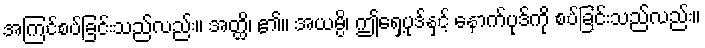
အကြင်စပ်ခြင်းသည်လည်း။ အတ္ထိ၊ ၏။ အယမ္ပိ၊ ဤရှေ့ပုဒ်နှင့် နောက်ပုဒ်ကို စပ်ခြင်းသည်လည်း။